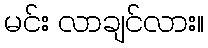
မင်း လာချင်လား။